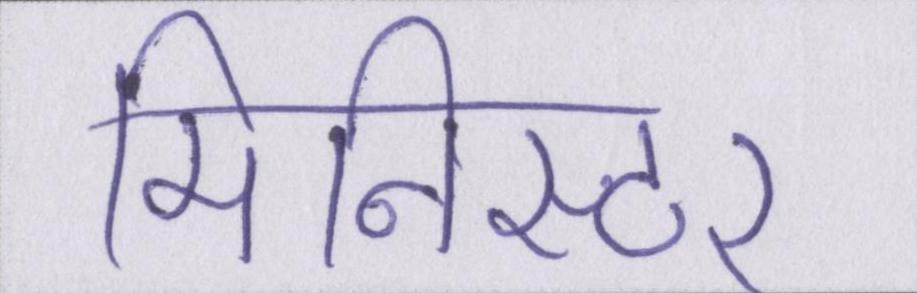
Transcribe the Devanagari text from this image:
मिनिस्टर